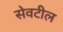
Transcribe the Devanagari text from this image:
सेवटील